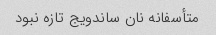
متأسفانه نان ساندویج تازه نبود